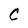
Character: C